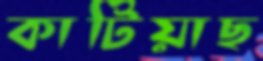
কাটিয়াছ